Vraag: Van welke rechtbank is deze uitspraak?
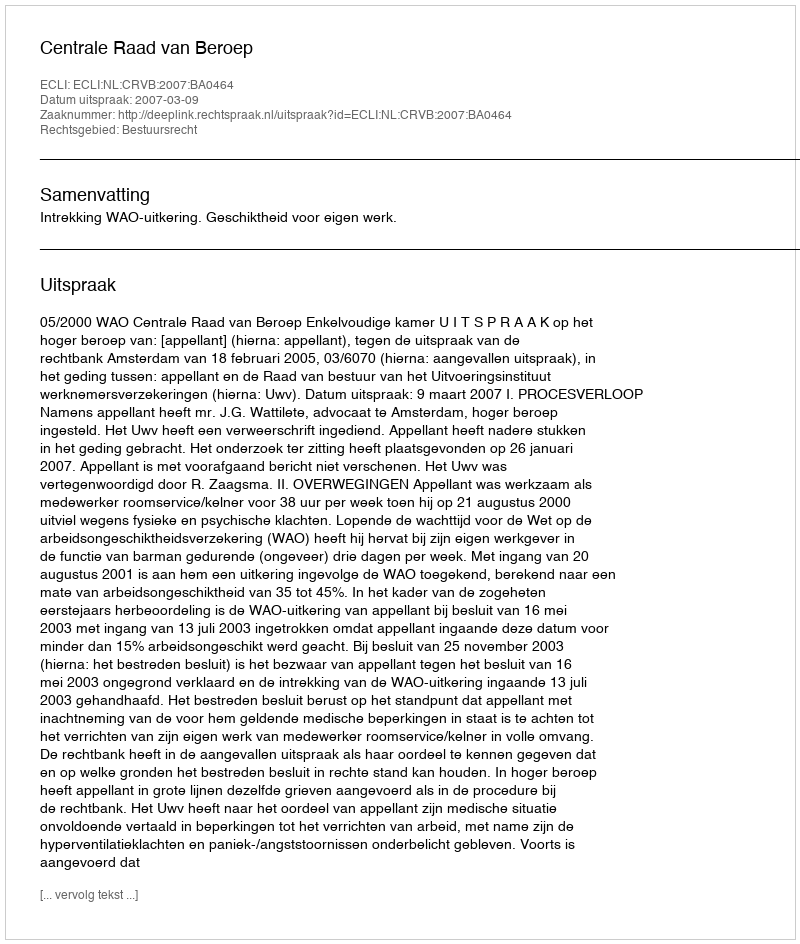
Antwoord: Centrale Raad van Beroep